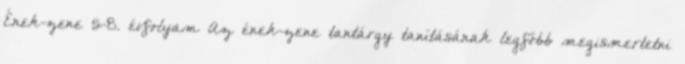
Ének-zene 5-8. évfolyam Az ének-zene tantárgy tanításának legfőbb megismertetni